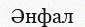
Әнфал